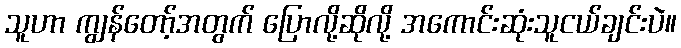
သူဟာ ကျွန်တော့်အတွက် ပြောလို့ဆိုလို့ အကောင်းဆုံးသူငယ်ချင်းပဲ။